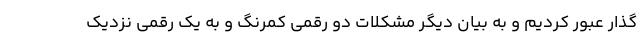
گذار عبور کردیم و به بیان دیگر مشکلات دو رقمی کمرنگ و به یک رقمی نزدیک